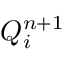
Q _ { i } ^ { n + 1 }